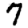
Digit: 7